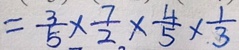
= \frac { 3 } { 5 } \times \frac { 7 } { 2 } \times \frac { 4 } { 5 } \times \frac { 1 } { 3 }